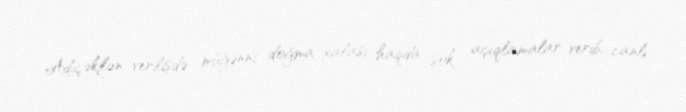
Adıçəkilən verilişdə müğənni doğma xalası haqda şok açıqlamalar verib, canlı